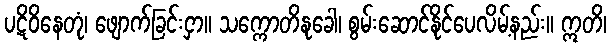
ပဋိဝိနေတုံ၊ ဖျောက်ခြင်းငှာ။ သက္ကောတိနုခေါ၊ စွမ်းဆောင်နိုင်ပေလိမ့်နည်း။ ဣတိ၊